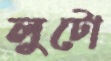
লুটো